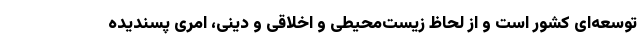
توسعه‌ای کشور است و از لحاظ زیست‌محیطی و اخلاقی و دینی، امری پسندیده